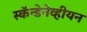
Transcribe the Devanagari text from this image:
स्कॅन्डेनेव्हीयन